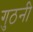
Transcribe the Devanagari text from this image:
गुठनी